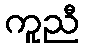
ကူညီ